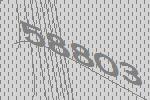
58803